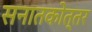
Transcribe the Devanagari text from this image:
सनातकोत्तर